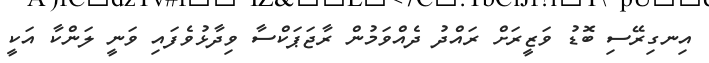
އިނގިރޭސި ބޮޑު ވަޒީރަށް ރައްދު ދެއްވަމުން ރާޖަޕަކްސާ ވިދާޅުވެފައި ވަނީ ލަންކާ އަކީ